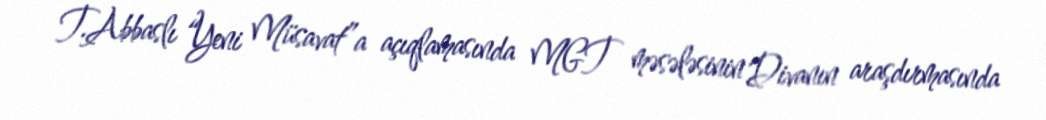
T.Abbaslı “Yeni Müsavat”a açıqlamasında MGT məsələsinin Divanın araşdırmasında